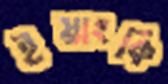
ইয়াংকি